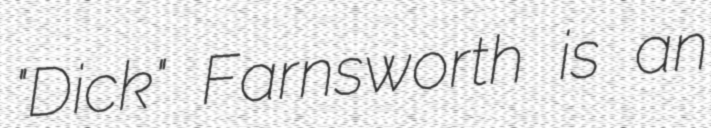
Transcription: "Dick" Farnsworth is an